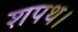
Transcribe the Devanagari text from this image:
शपथ।